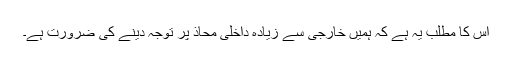
اس کا مطلب یہ ہے کہ ہمیں خارجی سے زیادہ داخلی محاذ پر توجہ دینے کی ضرورت ہے۔